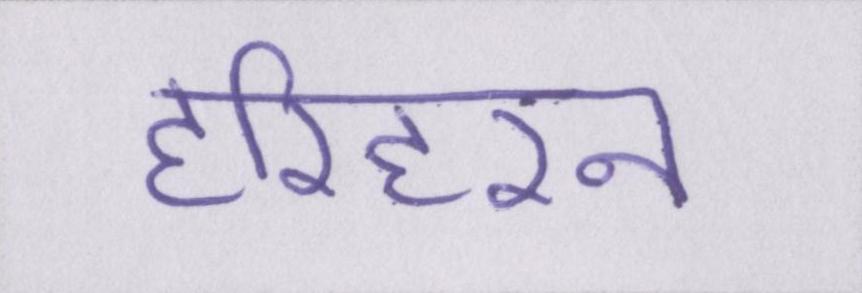
हरिहरन